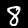
Label: 8